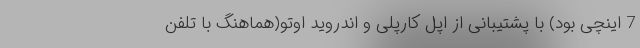
7 اینچی بود) با پشتیبانی از اپل کارپلی و اندروید اوتو(هماهنگ با تلفن